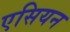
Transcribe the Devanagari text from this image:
एसियन